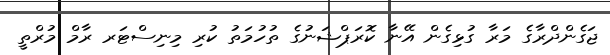
ޖަގެންދްރާގެ މަރާ ގުޅިގެން އޭނާ ކޮރަޕްޝަނުގެ ތުހުމަތު ކުރި މިނިސްޓަރ ރާމް މުރްތީ